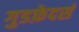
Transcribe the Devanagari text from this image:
गुडफ़ेदर्स